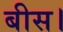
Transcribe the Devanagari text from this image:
बीस।